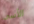
الأسى